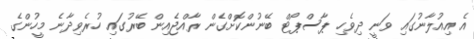
އެ އިއުލާނުގައި ވަނީ ދިވެހި ޕާސްޕޯޓް ބޭނުންކޮށްގެން ރާއްޖެއިން ބޭރުގައި ހުރެވިދާނެ މީހުންގެ